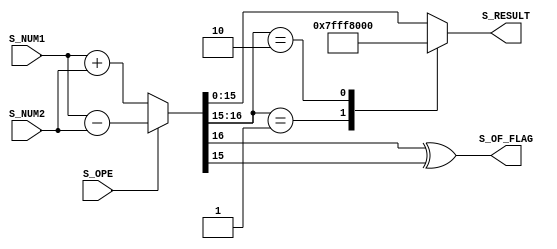
`timescale 1ns / 1ps
//////////////////////////////////////////////////////////////////////////////////
// Company: 
// Engineer: 
// 
// Design Name: 
// Module Name: fxp_adder
// Project Name: 
// Target Devices: 
// Tool Versions: 
// Description: 
// 
// Dependencies: 
// 
// Revision:
// Revision 0.01 - File Created
// Additional Comments:
// 
//////////////////////////////////////////////////////////////////////////////////


module fxp_adder #(
  parameter C_FXP_LENGTH  = 16,
  parameter C_FXP_POINT   = 12
)(
  input signed [C_FXP_LENGTH-1:0]       S_NUM1,
                                        S_NUM2,
  input                                 S_OPE,
  output reg signed [C_FXP_LENGTH-1:0]  S_RESULT,
  output                                S_OF_FLAG
);
    
localparam INT_WIDTH  = C_FXP_LENGTH - C_FXP_POINT;
localparam DEC_WIDTH  = C_FXP_POINT;
localparam [C_FXP_LENGTH-1:0] MAX_POS = {1'b0,{INT_WIDTH-1{1'b1}},{DEC_WIDTH{1'b1}}};
localparam [C_FXP_LENGTH-1:0] MAX_NEG = {1'b1,{C_FXP_LENGTH-1{1'b0}}};
    
wire signed [C_FXP_LENGTH:0] s_add;
wire [1:0] overflow;

assign s_add      = (S_OPE) ? S_NUM1 - S_NUM2 : S_NUM1 + S_NUM2;
assign overflow   = s_add[C_FXP_LENGTH:C_FXP_LENGTH-1];
assign S_OF_FLAG  = s_add[C_FXP_LENGTH] ^ s_add[C_FXP_LENGTH-1];

always @(*) begin
  case (overflow)
    2'b01 : S_RESULT    = MAX_POS;
    2'b10 : S_RESULT    = MAX_NEG;
    default : S_RESULT  = s_add[C_FXP_LENGTH-1:0];
  endcase
  end
    
endmodule